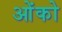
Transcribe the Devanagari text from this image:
ओंको